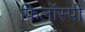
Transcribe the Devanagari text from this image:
फिलॉस्पी